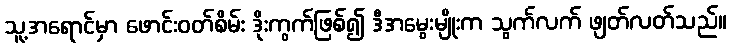
သူ့အရောင်မှာ ဖောင်းဝတ်စိမ်း ဒိုးကွက်ဖြစ်၍ ဒီအမွေးမျိုးက သွက်လက် ဖျတ်လတ်သည်။